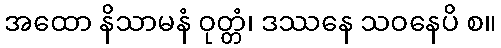
အထော နိသာမနံ ဝုတ္တံ၊ ဒဿနေ သဝနေပိ စ။